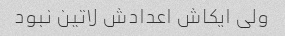
ولی ایکاش اعدادش لاتین نبود